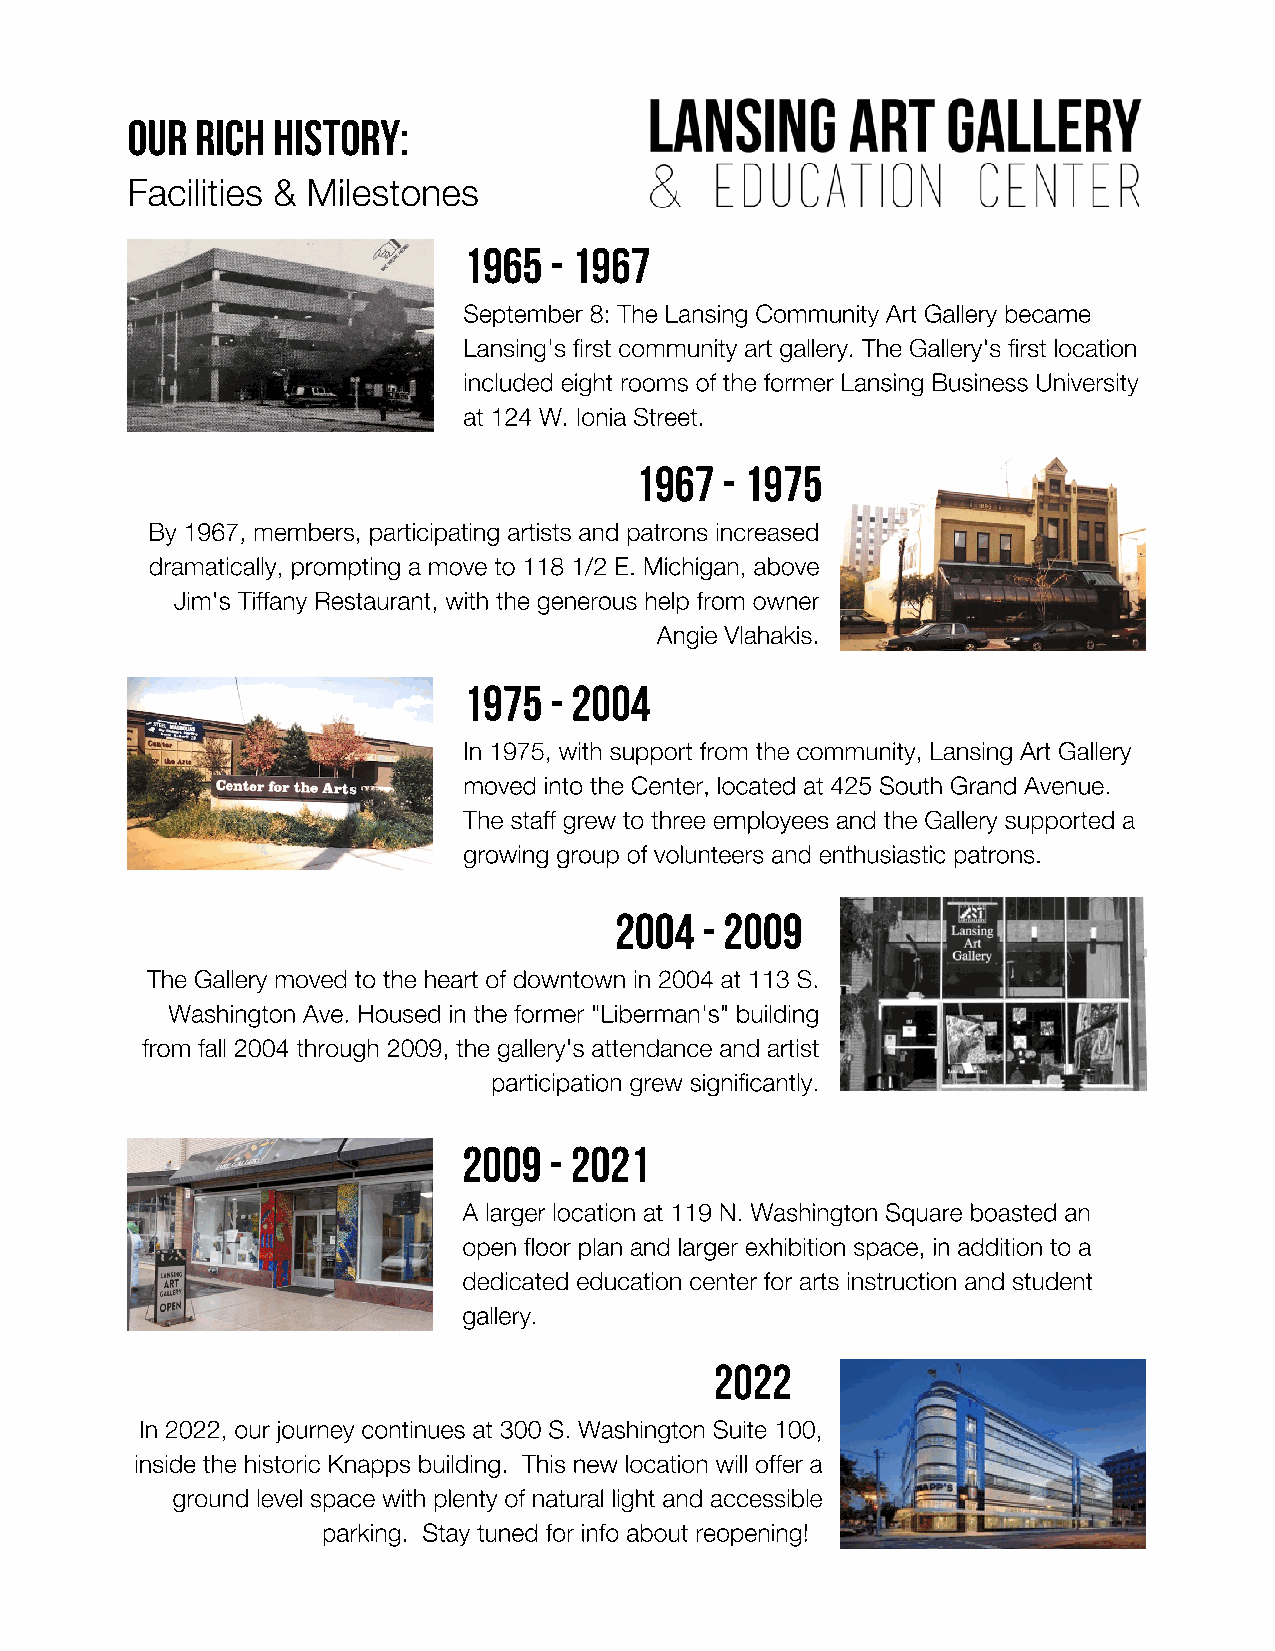
Our  Rich History:
 Facilities & Milestones
 1965 - 1967
 September 8: The Lansing Community Art Gallery became
 Lansing's first community art gallery. The Gallery's first location
 included eight rooms of the former Lansing Business University
 at 124 W. Ionia Street.
 1967  - 1975
 By 1967, members, participating artists and patrons increased
 dramatically, prompting a move to 118 1/2 E. Michigan, above
 Jim's Tiffany Restaurant, with the generous help from owner
 Angie Vlahakis.
 1975 - 2004
 In 1975, with support from the community, Lansing Art Gallery
 moved into the Center, located at 425 South Grand Avenue.
 The staff grew to three employees and the Gallery supported a
 growing group of volunteers and enthusiastic patrons.
 2004 - 2009
 The Gallery moved to the heart of downtown in 2004 at 113 S.
 Washington Ave. Housed in the former "Liberman's" building
 from fall 2004 through 2009, the gallery's attendance and artist
 participation grew significantly.
 2009 - 2021
 A larger location at 119 N. Washington Square boasted an
 open floor plan and larger exhibition space, in addition to a
 dedicated education center for arts instruction and student
 gallery.
 2022
 In 2022, our journey continues at 300 S. Washington Suite 100,
 inside the historic Knapps building. This new location will offer a
 ground level space with plenty of natural light and accessible
 parking. Stay tuned for info about reopening!